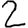
Digit: 2